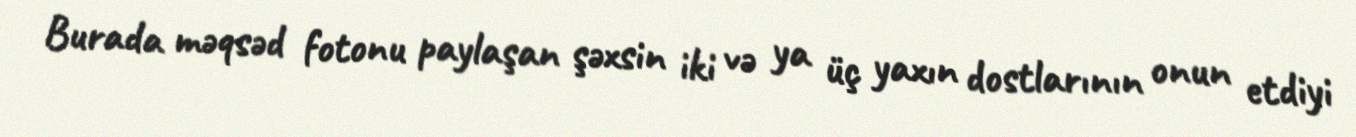
Burada məqsəd fotonu paylaşan şəxsin iki və ya üç yaxın dostlarının onun etdiyi